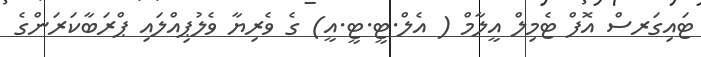
ޓައިގަރސް އޮފް ޓެމިލް އީލާމް ( އެލް.ޓީ.ޓީ.އީ) ގެ ވެރިޔާ ވެލުޕިއްލައި ޕްރަބާކަރަންގެ